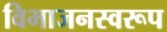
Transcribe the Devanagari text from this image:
विभाजनस्वरूप